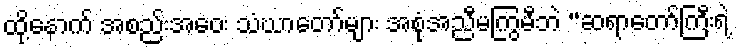
ထို့နောက် အစည်းအဝေး သံဃာတော်များ အစုံအညီမကြွမီဘဲ “ဆရာတော်ကြီးရဲ့